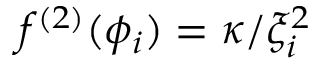
f ^ { ( 2 ) } ( \phi _ { i } ) = \kappa / \xi _ { i } ^ { 2 }